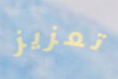
تعزيز